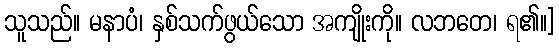
သူသည်။ မနာပံ၊ နှစ်သက်ဖွယ်သော အကျိုးကို။ လဘတေ၊ ရ၏။]